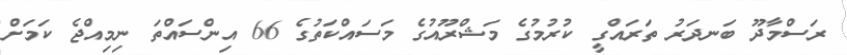
ރަސްމާދޫ ބަނދަރު ތަރައްގީ ކުރުމުގެ މަޝްރޫއުގެ މަސައްކަތުގެ 66 އިންސައްތަ ނިމިއްޖެ ކަމަށް